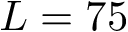
L = 7 5